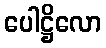
ပေါဋ္ဌိလော